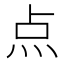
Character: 点